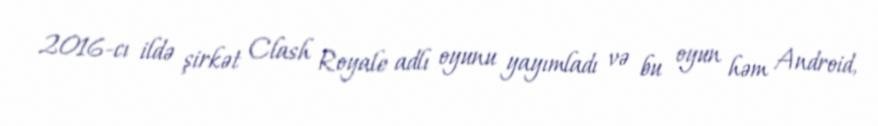
2016-cı ildə şirkət Clash Royale adlı oyunu yayımladı və bu oyun həm Android,